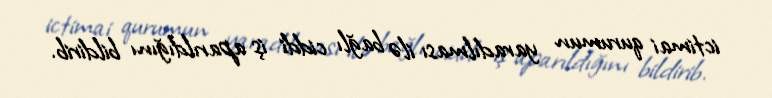
ictimai qurumun yaradılması ilə bağlı ciddi iş aparıldığını bildirib.